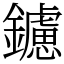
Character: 鑢